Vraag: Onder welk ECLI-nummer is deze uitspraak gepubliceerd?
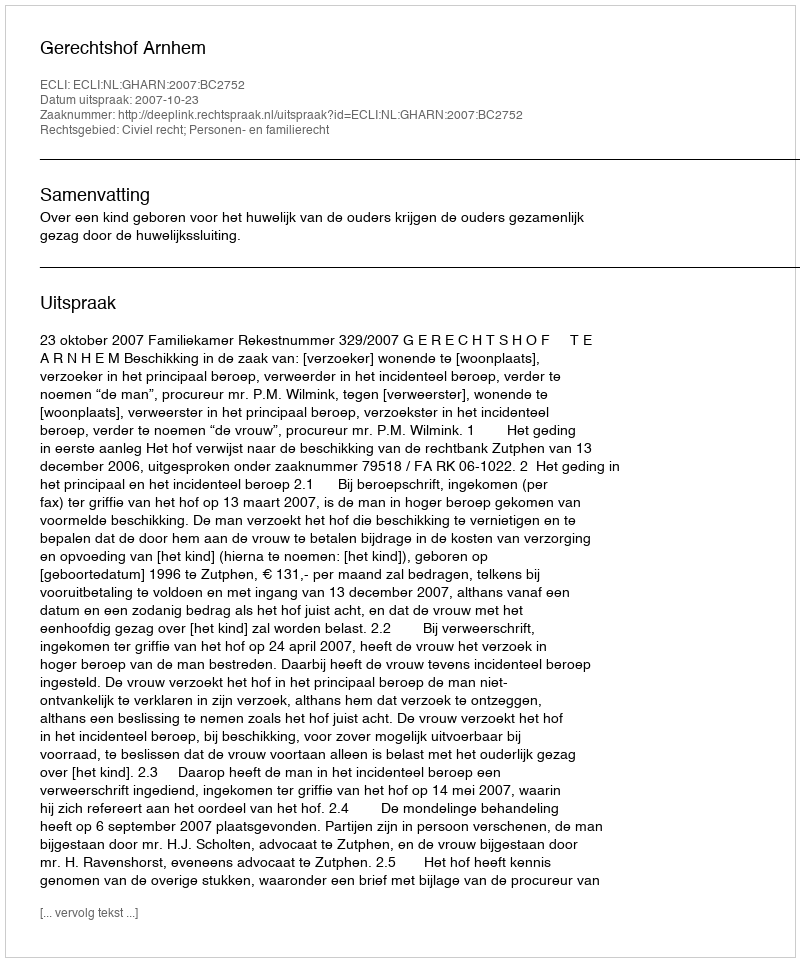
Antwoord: ECLI:NL:GHARN:2007:BC2752